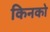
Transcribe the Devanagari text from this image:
किनको